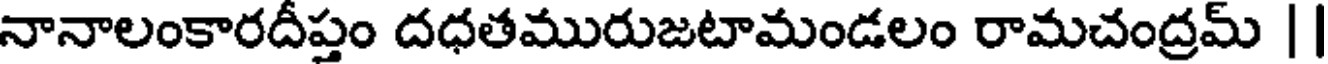
నానాలంకారదీప్తం దధతమురుజటామండలం రామచంద్రమ్ |